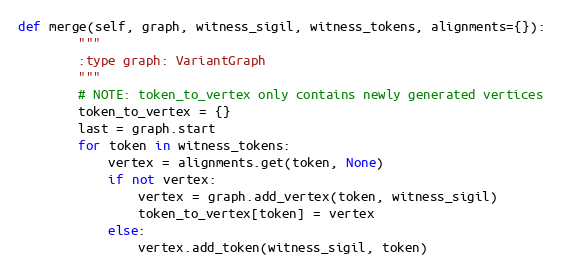
Language: Python
def merge(self, graph, witness_sigil, witness_tokens, alignments={}):
        """
        :type graph: VariantGraph
        """
        # NOTE: token_to_vertex only contains newly generated vertices
        token_to_vertex = {}
        last = graph.start
        for token in witness_tokens:
            vertex = alignments.get(token, None)
            if not vertex:
                vertex = graph.add_vertex(token, witness_sigil)
                token_to_vertex[token] = vertex
            else:
                vertex.add_token(witness_sigil, token)